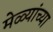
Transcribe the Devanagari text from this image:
मेळ्यांच्या